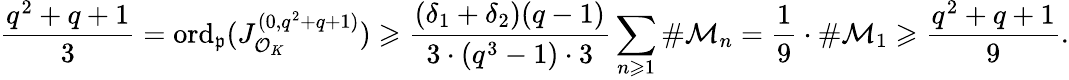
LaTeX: \frac{q^{2}+q+1}{3}=\mathrm{{ord}}_{\mathfrak{p}}(J_{\mathcal{O}_{K}}^{(0,q^{2}+q+1)})\geqslant\frac{(\delta_{1}+\delta_{2})(q-1)}{3\cdot(q^{3}-1)\cdot 3}\sum_{n\geqslant 1}\# \mathcal{M}_{n}=\frac{1}{9}\cdot\# \mathcal{M}_{1}\geqslant\frac{q^{2}+q+1}{9}.